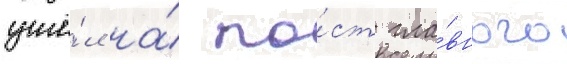
ушё́л на́ по́ст гла́вного